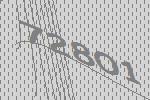
72801